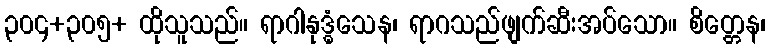
၃၀၄+၃၀၅+ ထိုသူသည်။ ရာဂါနုဒ္ဓံသေန၊ ရာဂသည်ဖျက်ဆီးအပ်သော။ စိတ္တေန၊